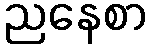
ညနေစာ